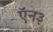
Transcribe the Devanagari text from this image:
ऍन३